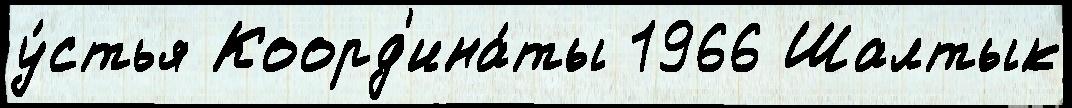
у́стья Коорд'ина́ты 1966 Шалтык